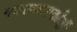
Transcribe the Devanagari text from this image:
नवराबायकोचीं